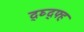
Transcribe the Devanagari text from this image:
द्घ्द्फ्ह